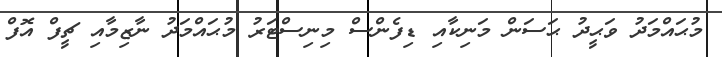
މުޙައްމަދު ވަޙީދު ޙަސަން މަނިކާއި ޑިފެންސް މިނިސްޓަރު މުޙައްމަދު ނާޒިމާއި ޗީފް އޮފް